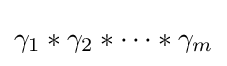
\gamma _{1}\ast \gamma _{2}\ast \cdots \ast \gamma _{m}